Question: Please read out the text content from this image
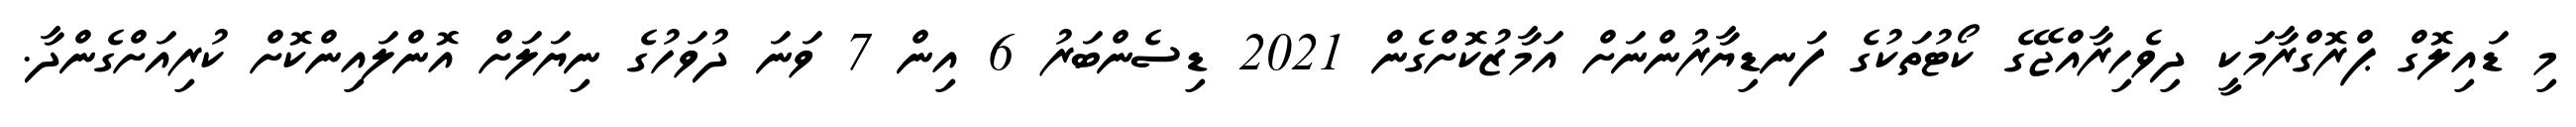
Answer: މި ޑައިލޮގް ޕްރޮގްރާމަކީ ދިވެހިރާއްޖޭގެ ކޯޓުތަކުގެ ފަނޑިޔާރުންނަށް އަމާޒުކޮށްގެން 2021 ޑިސެންބަރު 6 އިން 7 ވަނަ ދުވަހުގެ ނިޔަލަށް އޮންލައިންކޮށް ކުރިއަށްގެންދާ.